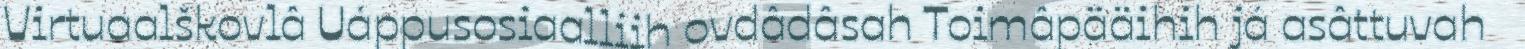
Virtuaalškovlâ Uáppusosiaalliih ovdâdâsah Toimâpääihih já asâttuvah